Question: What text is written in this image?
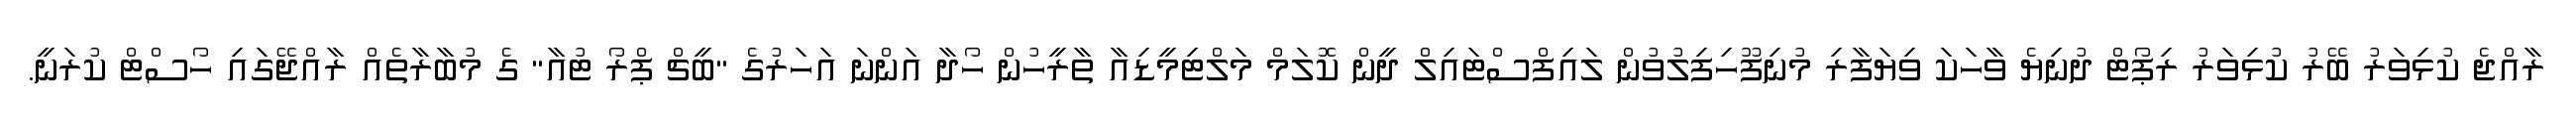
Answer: ރާއްޖެ ކުޅިވަރު ބޭރު ކުޅިވަރު ރިޕޯޓް ދުނިޔެ ވާހަކަ ވިޔަފާރި މުނިފޫހިފިލުވުން ލައިފްސްޓައިލް ދީން ކޮލަމް މަލްޓިމީޑިއާ ތާރީހުން ހޯދާ އަންނަ އަހަރުގެ "ބީޗް ޕްރޯ ޓުއާ" ގެ މުބާރާތެއް ރާއްޖޭގައި ހޯސްޓް ކުރަނީ.